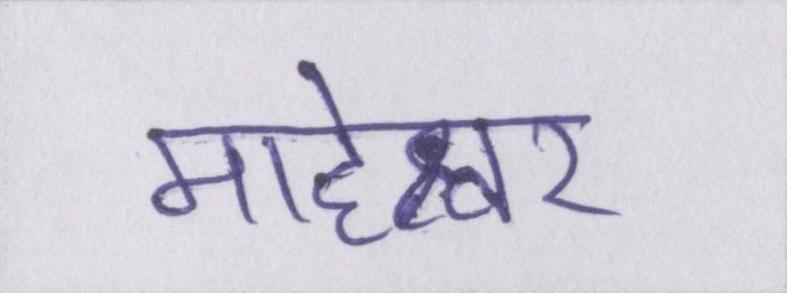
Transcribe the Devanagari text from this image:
माहेश्वर